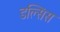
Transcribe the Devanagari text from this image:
डल्सिस